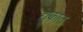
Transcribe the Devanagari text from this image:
द्यूकात